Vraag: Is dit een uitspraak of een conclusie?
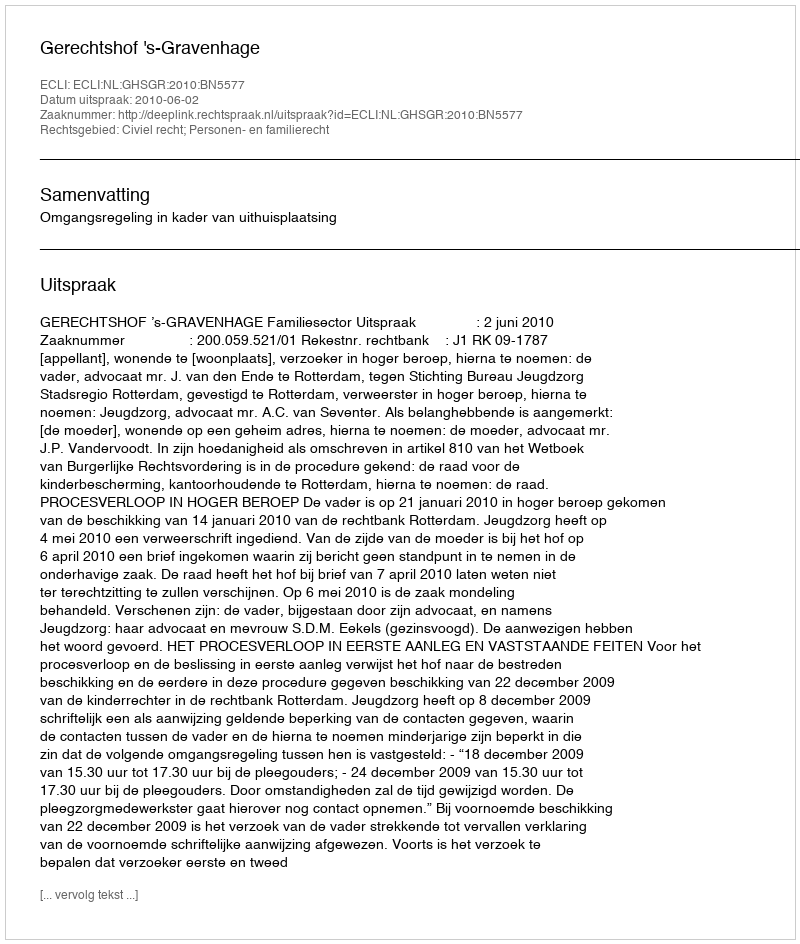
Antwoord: Uitspraak